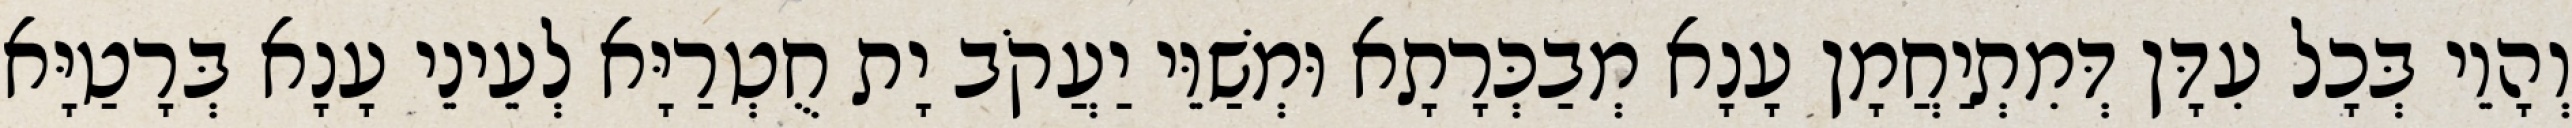
וְהָוֵי בְּכָל עִדָּן דְּמִתְיַחֲמָן עָנָא מְבַכְּרָתָא וּמְשַׁוֵּי יַעֲקֹב יָת חֻטְרַיָּא לְעֵינֵי עָנָא בְּרָטַיָּא